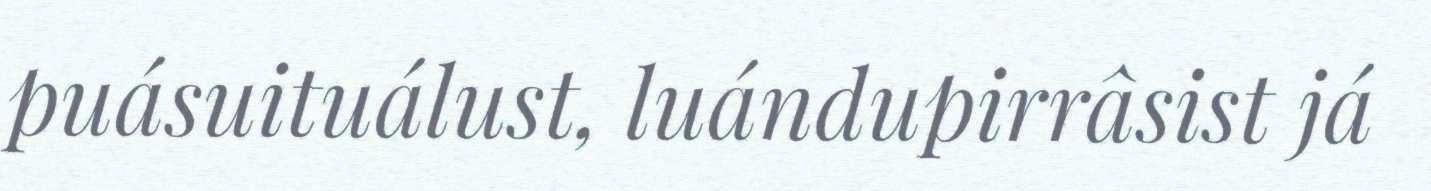
puásuituálust, luándupirrâsist já